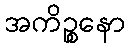
အကိဉ္စနော